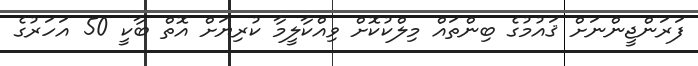
ފަރަންޖީންނަށް ޤައުމުގެ ބިންތައް މިލްކުކޮށް ވިއްކާލީމާ ކުރިޔަށް އޮތް ބާކީ 50 އަހަރުގެ